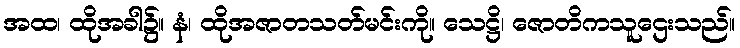
အထ၊ ထိုအခါ၌။ နံ၊ ထိုအဇာတသတ်မင်းကို။ သေဋ္ဌိ၊ ဇောတိကသူဌေးသည်။